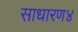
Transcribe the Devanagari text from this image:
साधारण४